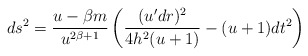
\begin{align*}ds^2 = \frac{u - \beta m}{u^{2 \beta + 1}} \left(\frac{(u^\prime dr)^2}{4 h^2 (u+1)} - (u+1) dt^2 \right)\end{align*}